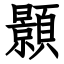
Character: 顥